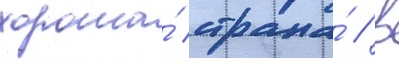
хороша́ страна́ / в